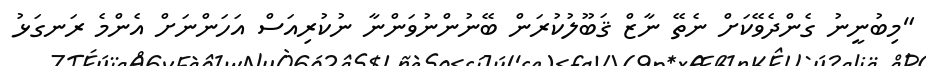
"މިބުނީނު ގެންދެވޭކަށް ނެތޭ ނާޒް ޤަބޫލުކުރަން ބޭނުންނުވަންނާ ނުކުރިއަސް އަހަންނަށް އެންމެ ރަނގަޅު